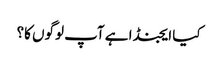
کیا ایجنڈا ہے آپ لوگوں کا؟